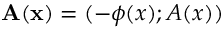
\mathbf { A } ( \mathbf { x } ) = ( - \phi ( x ) ; A ( x ) )